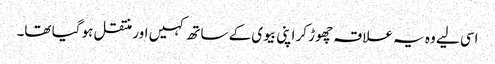
اسی لیے وہ یہ علاقہ چھوڑ کر اپنی بیوی کے ساتھ کہیں اور منتقل ہو گیا تھا۔